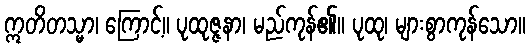
ဣတိတသ္မာ၊ ကြောင့်။ ပုထုဇ္ဇနာ၊ မည်ကုန်၏။ ပုထု၊ များစွာကုန်သော။